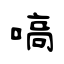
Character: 嗃